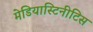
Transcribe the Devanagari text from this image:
मेडियास्टिनीटिस